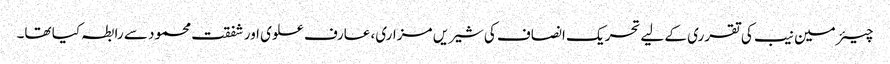
چیئرمین نیب کی تقرری کے لیے تحریک انصاف کی شیریں مزاری، عارف علوی اور شفقت محمود سے رابطہ کیا تھا۔